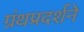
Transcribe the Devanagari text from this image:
ग्रंथप्रदर्शने